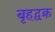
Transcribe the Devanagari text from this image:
बृहद्वक्र